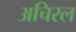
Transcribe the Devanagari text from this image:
अचिरल